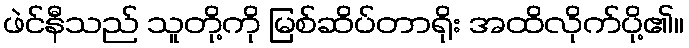
ဖဲင်နီသည် သူတို့ကို မြစ်ဆိပ်တာရိုး အထိလိုက်ပို့၏။